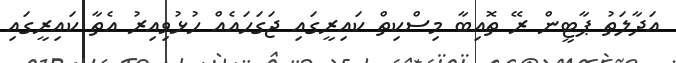
އަދާލަތު ޕާޓީން ރޭ ތޮއިބާ މިސްކިތް ކައިރީގައި ޖަގަހައެއް ހުޅުވިއިރު އެތާ ކައިރީގައި